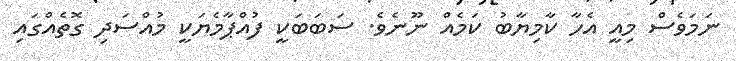
ނަމަވެސް މިއީ އެހާ ކާމިޔާބު ކަމެއް ނޫނެވެ. ސަބަބަކީ ފުއްޕާމެޔަކީ މުއްސަދި ގޮތެއްގައި